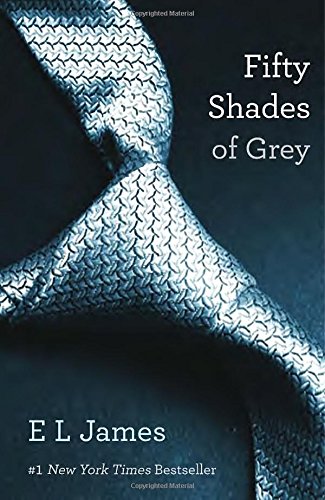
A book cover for Fifty Shades of Grey: Book One of the Fifty Shades Trilogy (Fifty Shades of Grey Series); E L James; Romance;